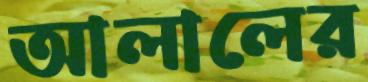
আলালের